Medical and sanitary report of the native army of Madras for the year
Year: 1872
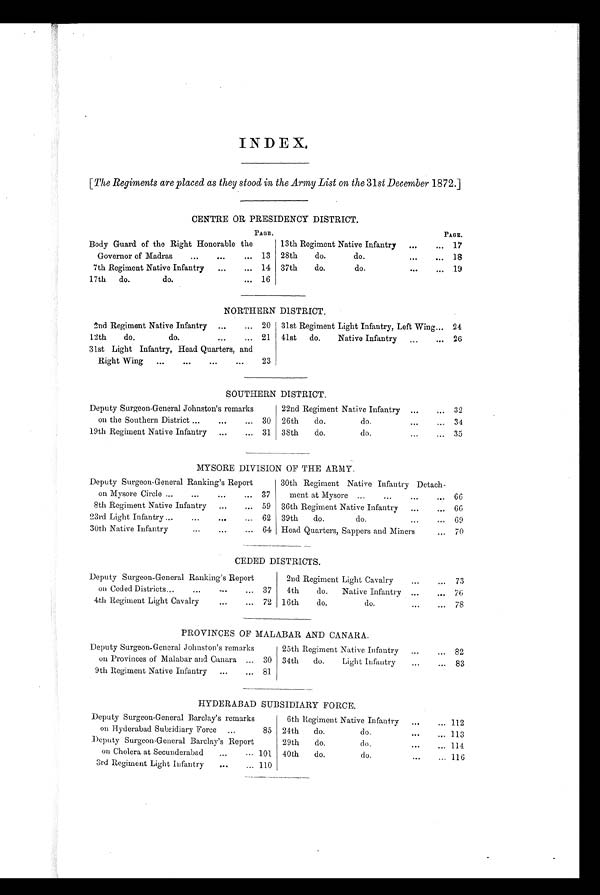
INDEX.
[ The Regiments are placed as they stood in the Army List on the 31 st December 1872.]
CENTRE OR PRESIDENCY DISTRICT.
PAGE.
PAGE.
Body Guard of the Right Honorable the
Governor of Madras
13
13th Regiment Native Infantry
17
28th
do.
do.
18
7th Regiment Native Infantry
14 37th
do.
do.
19
17th do.
do.
16
NORTHERN DISTRICT.
2nd Regiment Native Infantry
20 31st Regiment Light Infantry, Left Wing
24
12th
do.
do.
21 41st do.
Native Infantry
26
31st Light Infantry, Head Quarters, and
Right Wing
23
SOUTHERN DISTRICT.
Deputy Surgeon-General Johnston's remarks
on the Southern District
30
22nd Regiment Native Infantry
32
26th
do.
do.
34
19th Regiment Native Infantry
31 38th
do.
do.
35
MYSORE DIVISION OF THE ARMY.
Deputy Surgeon-General Ranking's Report
on Mysore Circle
37
30th Regiment Native Infantry Detach-
ment at Mysore
66
8th Regiment Native Infantry
59 36th Regiment Native Infantry
66
23rd Light Infantry
62 39th
do.
do.
69
30th Native Infantry
64 Head Quarters, Sappers and Miners
70
CEDED DISTRICTS.
Deputy Surgeon-General Ranking's Report
on Ceded Districts
37
2nd Regiment Light Cavalry
73
4th
do.
Native Infantry
76
4th Regiment Light Cavalry
72 16th
do.
do.
78
PROVINCES OF MALABAR AND CANARA.
Deputy Surgeon-General Johnston's remarks
on Provinces of Malabar and Canara
30
25th Regiment Native Infantry
82
34th
do.
Light Infantry
83
9th Regiment Native Infantry
81
HYDERABAD SUBSIDIARY FORCE.
Deputy Surgeon-General Barclay's remarks
on Hyderabad Subsidiary Force
85
6th Regiment Native Infantry
112
24th
do.
do.
113
Deputy Surgeon-General Barclay's Report
on Cholera at Secunderabad
101
29th
do.
do.
114
40th
do.
do.
116
3rd Regiment Light Infantry
110